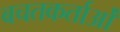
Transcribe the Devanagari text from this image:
बचतकर्ताओं